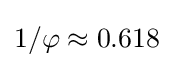
1/\varphi \approx 0.618